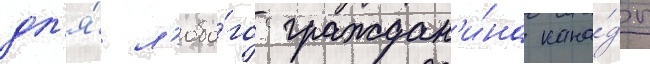
дл'я́ л'юбо́го граждан'и́на кана́ды